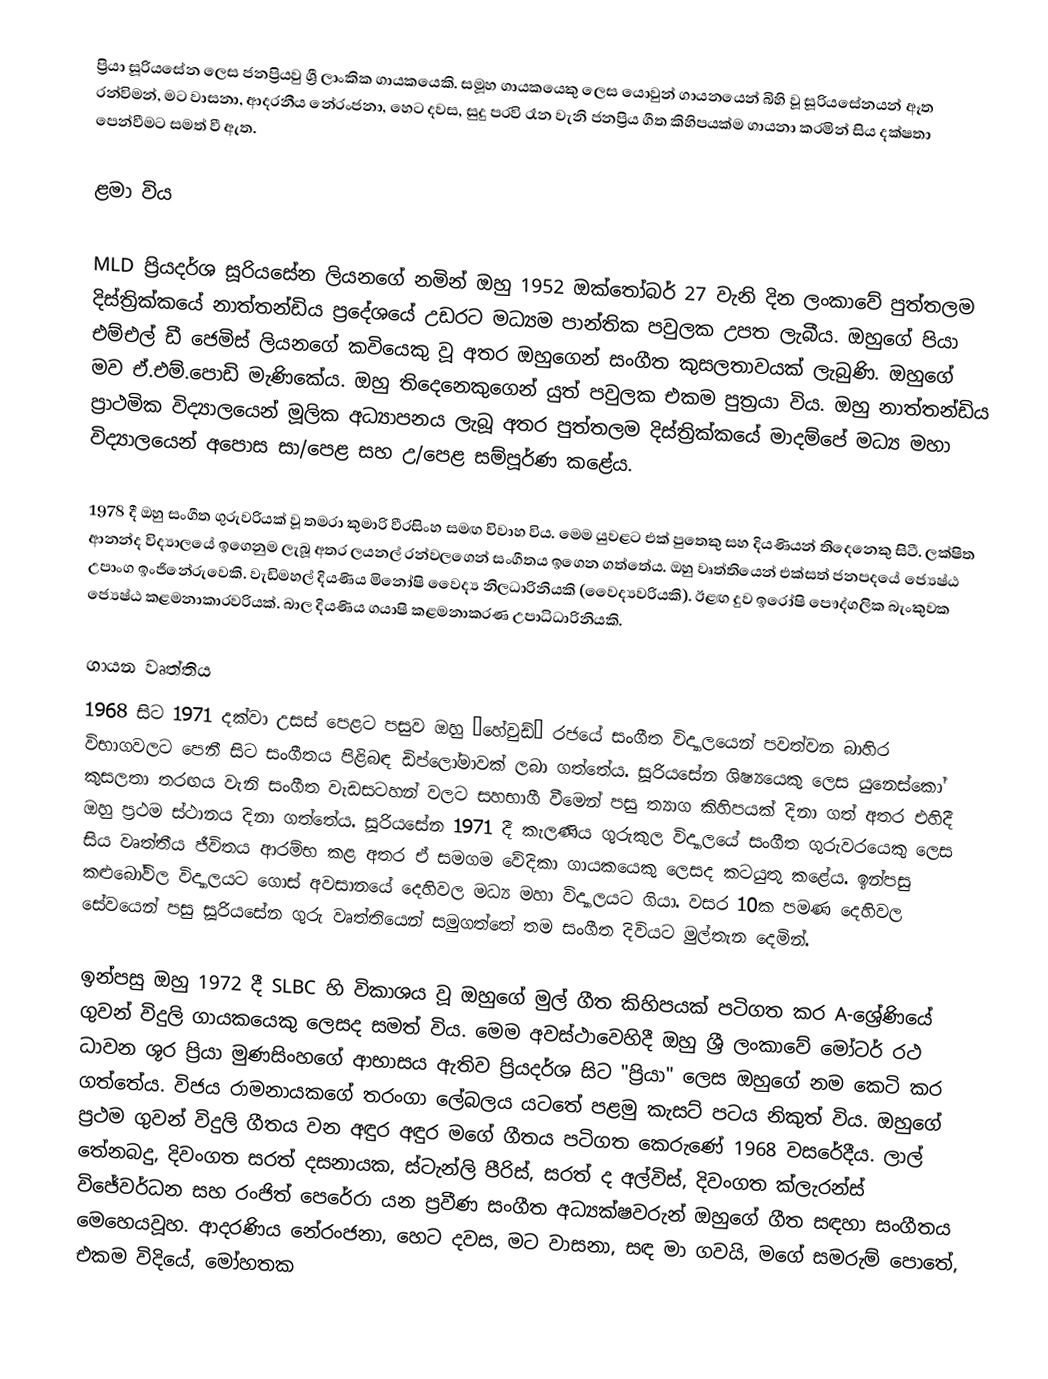
ප්‍රියා සූරියසේන ලෙස ජනප්‍රියවු ශ්‍රී ලාංකික ගායකයෙකි. සමූහ ගායකයෙකු ලෙස යොවුන් ගායනයෙන් බිහි වූ සූරියසේනයන් ඈත රන්විමන්, මට වාසනා, ආදරනීය නේරංජනා, හෙට දවස, සුදු පරවි රෑන වැනි ජනප්‍රිය ගීත කිහිපයක්ම ගායනා කරමින් සිය දක්ෂතා පෙන්වීමට සමත් වී ඇත.

ළමා විය

MLD ප්‍රියදර්ශ සූරියසේන ලියනගේ  නමින්   ඔහු 1952 ඔක්තෝබර් 27 වැනි දින ලංකාවේ පුත්තලම දිස්ත්‍රික්කයේ නාත්තන්ඩිය ප්‍රදේශයේ උඩරට මධ්‍යම පාන්තික පවුලක උපත ලැබීය. ඔහුගේ පියා එම්එල් ඩී ජෙමිස් ලියනගේ කවියෙකු වූ අතර ඔහුගෙන් සංගීත කුසලතාවයක් ලැබුණි. ඔහුගේ මව ඒ.එම්.පොඩි මැණිකේය. ඔහු තිදෙනෙකුගෙන් යුත් පවුලක එකම පුත්‍රයා විය. ඔහු නාත්තන්ඩිය ප්‍රාථමික විද්‍යාලයෙන් මූලික අධ්‍යාපනය ලැබූ අතර පුත්තලම දිස්ත්‍රික්කයේ මාදම්පේ මධ්‍ය මහා විද්‍යාලයෙන් අපොස සා/පෙළ සහ උ/පෙළ සම්පූර්ණ කළේය.

1978 දී ඔහු සංගීත ගුරුවරියක් වූ තමරා කුමාරි වීරසිංහ සමඟ විවාහ විය. මෙම යුවළට එක් පුතෙකු සහ දියණියන් තිදෙනෙකු සිටී.  ලක්ෂිත ආනන්ද විද්‍යාලයේ ඉගෙනුම ලැබූ අතර ලයනල් රන්වලගෙන් සංගීතය ඉගෙන ගත්තේය. ඔහු වෘත්තියෙන් එක්සත් ජනපදයේ ජ්‍යෙෂ්ඨ උපාංග ඉංජිනේරුවෙකි.  වැඩිමහල් දියණිය මිනෝෂි වෛද්‍ය නිලධාරිනියකි (වෛද්‍යවරියකි). ඊළඟ දුව ඉරෝෂි පෞද්ගලික බැංකුවක ජ්‍යෙෂ්ඨ කළමනාකාරවරියක්. බාල දියණිය ගයාෂි කළමනාකරණ උපාධිධාරිනියකි.

ගායන වෘත්තිය
1968 සිට 1971 දක්වා උසස් පෙළට පසුව ඔහු ‘හේවුඩ්’ රජයේ සංගීත විද්‍යාලයෙන් පවත්වන බාහිර විභාගවලට පෙනී සිට සංගීතය පිළිබඳ ඩිප්ලෝමාවක් ලබා ගත්තේය. සූරියසේන ශිෂ්‍යයෙකු ලෙස යුනෙස්කෝ කුසලතා තරඟය වැනි සංගීත වැඩසටහන් වලට සහභාගී වීමෙන් පසු ත්‍යාග කිහිපයක් දිනා ගත් අතර එහිදී ඔහු ප්‍රථම ස්ථානය දිනා ගත්තේය. සූරියසේන 1971 දී කැලණිය ගුරුකුල විද්‍යාලයේ සංගීත ගුරුවරයෙකු ලෙස සිය වෘත්තීය ජීවිතය ආරම්භ කළ අතර ඒ සමගම වේදිකා ගායකයෙකු ලෙසද කටයුතු කළේය. ඉන්පසු කළුබෝවිල විද්‍යාලයට ගොස් අවසානයේ දෙහිවල මධ්‍ය මහා විද්‍යාලයට ගියා. වසර 10ක පමණ දෙහිවල සේවයෙන් පසු සූරියසේන ගුරු වෘත්තියෙන් සමුගත්තේ තම සංගීත දිවියට මුල්තැන දෙමින්.

ඉන්පසු ඔහු 1972 දී SLBC හි විකාශය වූ ඔහුගේ මුල් ගීත කිහිපයක් පටිගත කර A-ශ්‍රේණියේ ගුවන් විදුලි ගායකයෙකු ලෙසද සමත් විය.  මෙම අවස්ථාවෙහිදී ඔහු ශ්‍රී ලංකාවේ මෝටර් රථ ධාවන ශූර ප්‍රියා මුණසිංහගේ ආභාසය ඇතිව ප්‍රියදර්ශ සිට "ප්‍රියා" ලෙස ඔහුගේ නම කෙටි කර ගත්තේය. විජය රාමනායකගේ තරංගා ලේබලය යටතේ පළමු කැසට් පටය නිකුත් විය. ඔහුගේ ප්‍රථම ගුවන් විදුලි ගීතය වන අඳුර අඳුර මගේ ගීතය පටිගත කෙරුණේ 1968 වසරේදීය. ලාල් තේනබදු, දිවංගත සරත් දසනායක, ස්ටැන්ලි පීරිස්, සරත් ද අල්විස්, දිවංගත ක්ලැරන්ස් විජේවර්ධන සහ රංජිත් පෙරේරා යන ප්‍රවීණ සංගීත අධ්‍යක්ෂවරුන් ඔහුගේ ගීත සඳහා සංගීතය මෙහෙයවූහ. ආදරණිය නේරංජනා, හෙට දවස, මට වාසනා, සඳ මා ගවයි, මගේ සමරුම් පොතේ, එකම විදියේ, මෝහතක